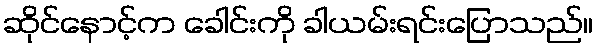
ဆိုင်နောင့်က ခေါင်းကို ခါယမ်းရင်းပြောသည်။